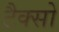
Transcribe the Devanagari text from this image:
टैक्सो